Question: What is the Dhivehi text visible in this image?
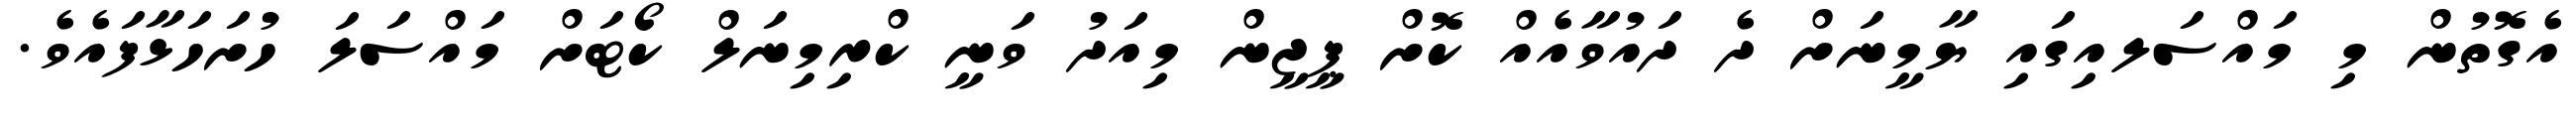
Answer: އެގޮތުން މި މައްސަލއިގައި ޔާމީނަށް ދެ ދައުވާއެއް ކޮށް ޕީޖީން މިއަދު ވަނީ ކްރިމިނަލް ކޯޓަށް މައްސަލަ ހުށަހަޅާފައެވެ.